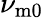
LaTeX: \nu_{\mathrm{m}0}